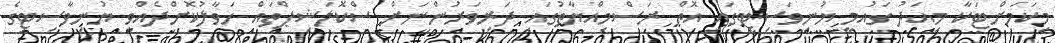
މިކަމަށްޓަކާ މިއަދު ގައުމީ ޔުނިވަސިޓީގައި އޮތް ރަސްމިއްޔާތުގައި ދަރިވަރުންނަށް ސްކޮލަޝިޕްތައް ހަވާލުކޮށްދެއްވީ ޔުނިވާސިޓީގެ